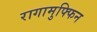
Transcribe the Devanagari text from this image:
रागामुफ्फिन